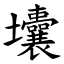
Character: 㚂